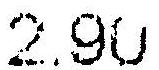
2.90